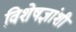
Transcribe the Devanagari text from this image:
विशेषज्ञांशी